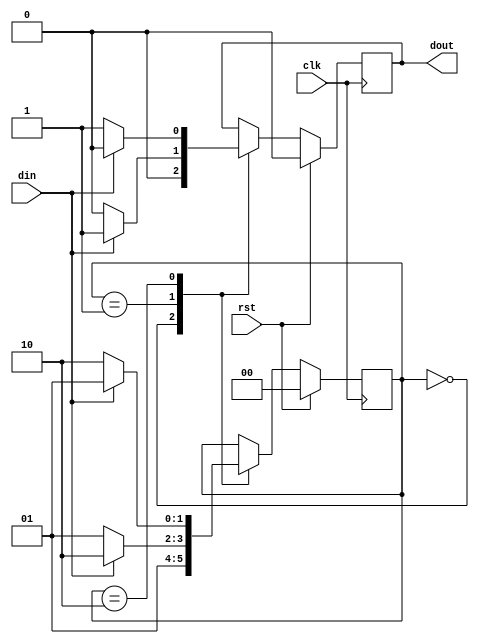
`timescale 1ns / 1ps
//////////////////////////////////////////////////////////////////////////////////
// Company: 
// Engineer: 
// 
// Design Name: 
// Module Name: Moore_FSM_one_process_method
// Project Name: 
// Target Devices: 
// Tool Versions: 
// Description: 
// 
// Dependencies: 
// 
// Revision:
// Revision 0.01 - File Created
// Additional Comments:
// 
//////////////////////////////////////////////////////////////////////////////////


module Moore_FSM_one_process_method(
    input clk,
    input rst,
    input din,
    output reg dout
    );
    
    parameter idle=0;
    parameter s0=1;
    parameter s1=2;
    
    reg [1:0] state=idle;
    
always@(posedge clk)
begin
if(rst==1'b1)
            begin
            dout<=1'b0;
            state<=idle;
            end
else
            begin
            case(state)
            idle:
                begin
                dout<=1'b0;
                state<=s0;
                end
            s0:
                begin
                dout<=1'b0;
                if(din==1'b1)
                    begin
                        dout<=1'b1;
                        state<=s1;
                    end
                else
                    begin
                        dout<=1'b0;
                        state<=s0;
                    end
                end
             s1:
                begin
                dout<=1'b1;
                if(din==1'b1)
                    begin
                        dout<=1'b0;
                        state<=s0;
                    end
                else
                    begin
                        dout<=1'b1;
                        state<=s1;
                    end
                end
                endcase
            end
            

end
endmodule